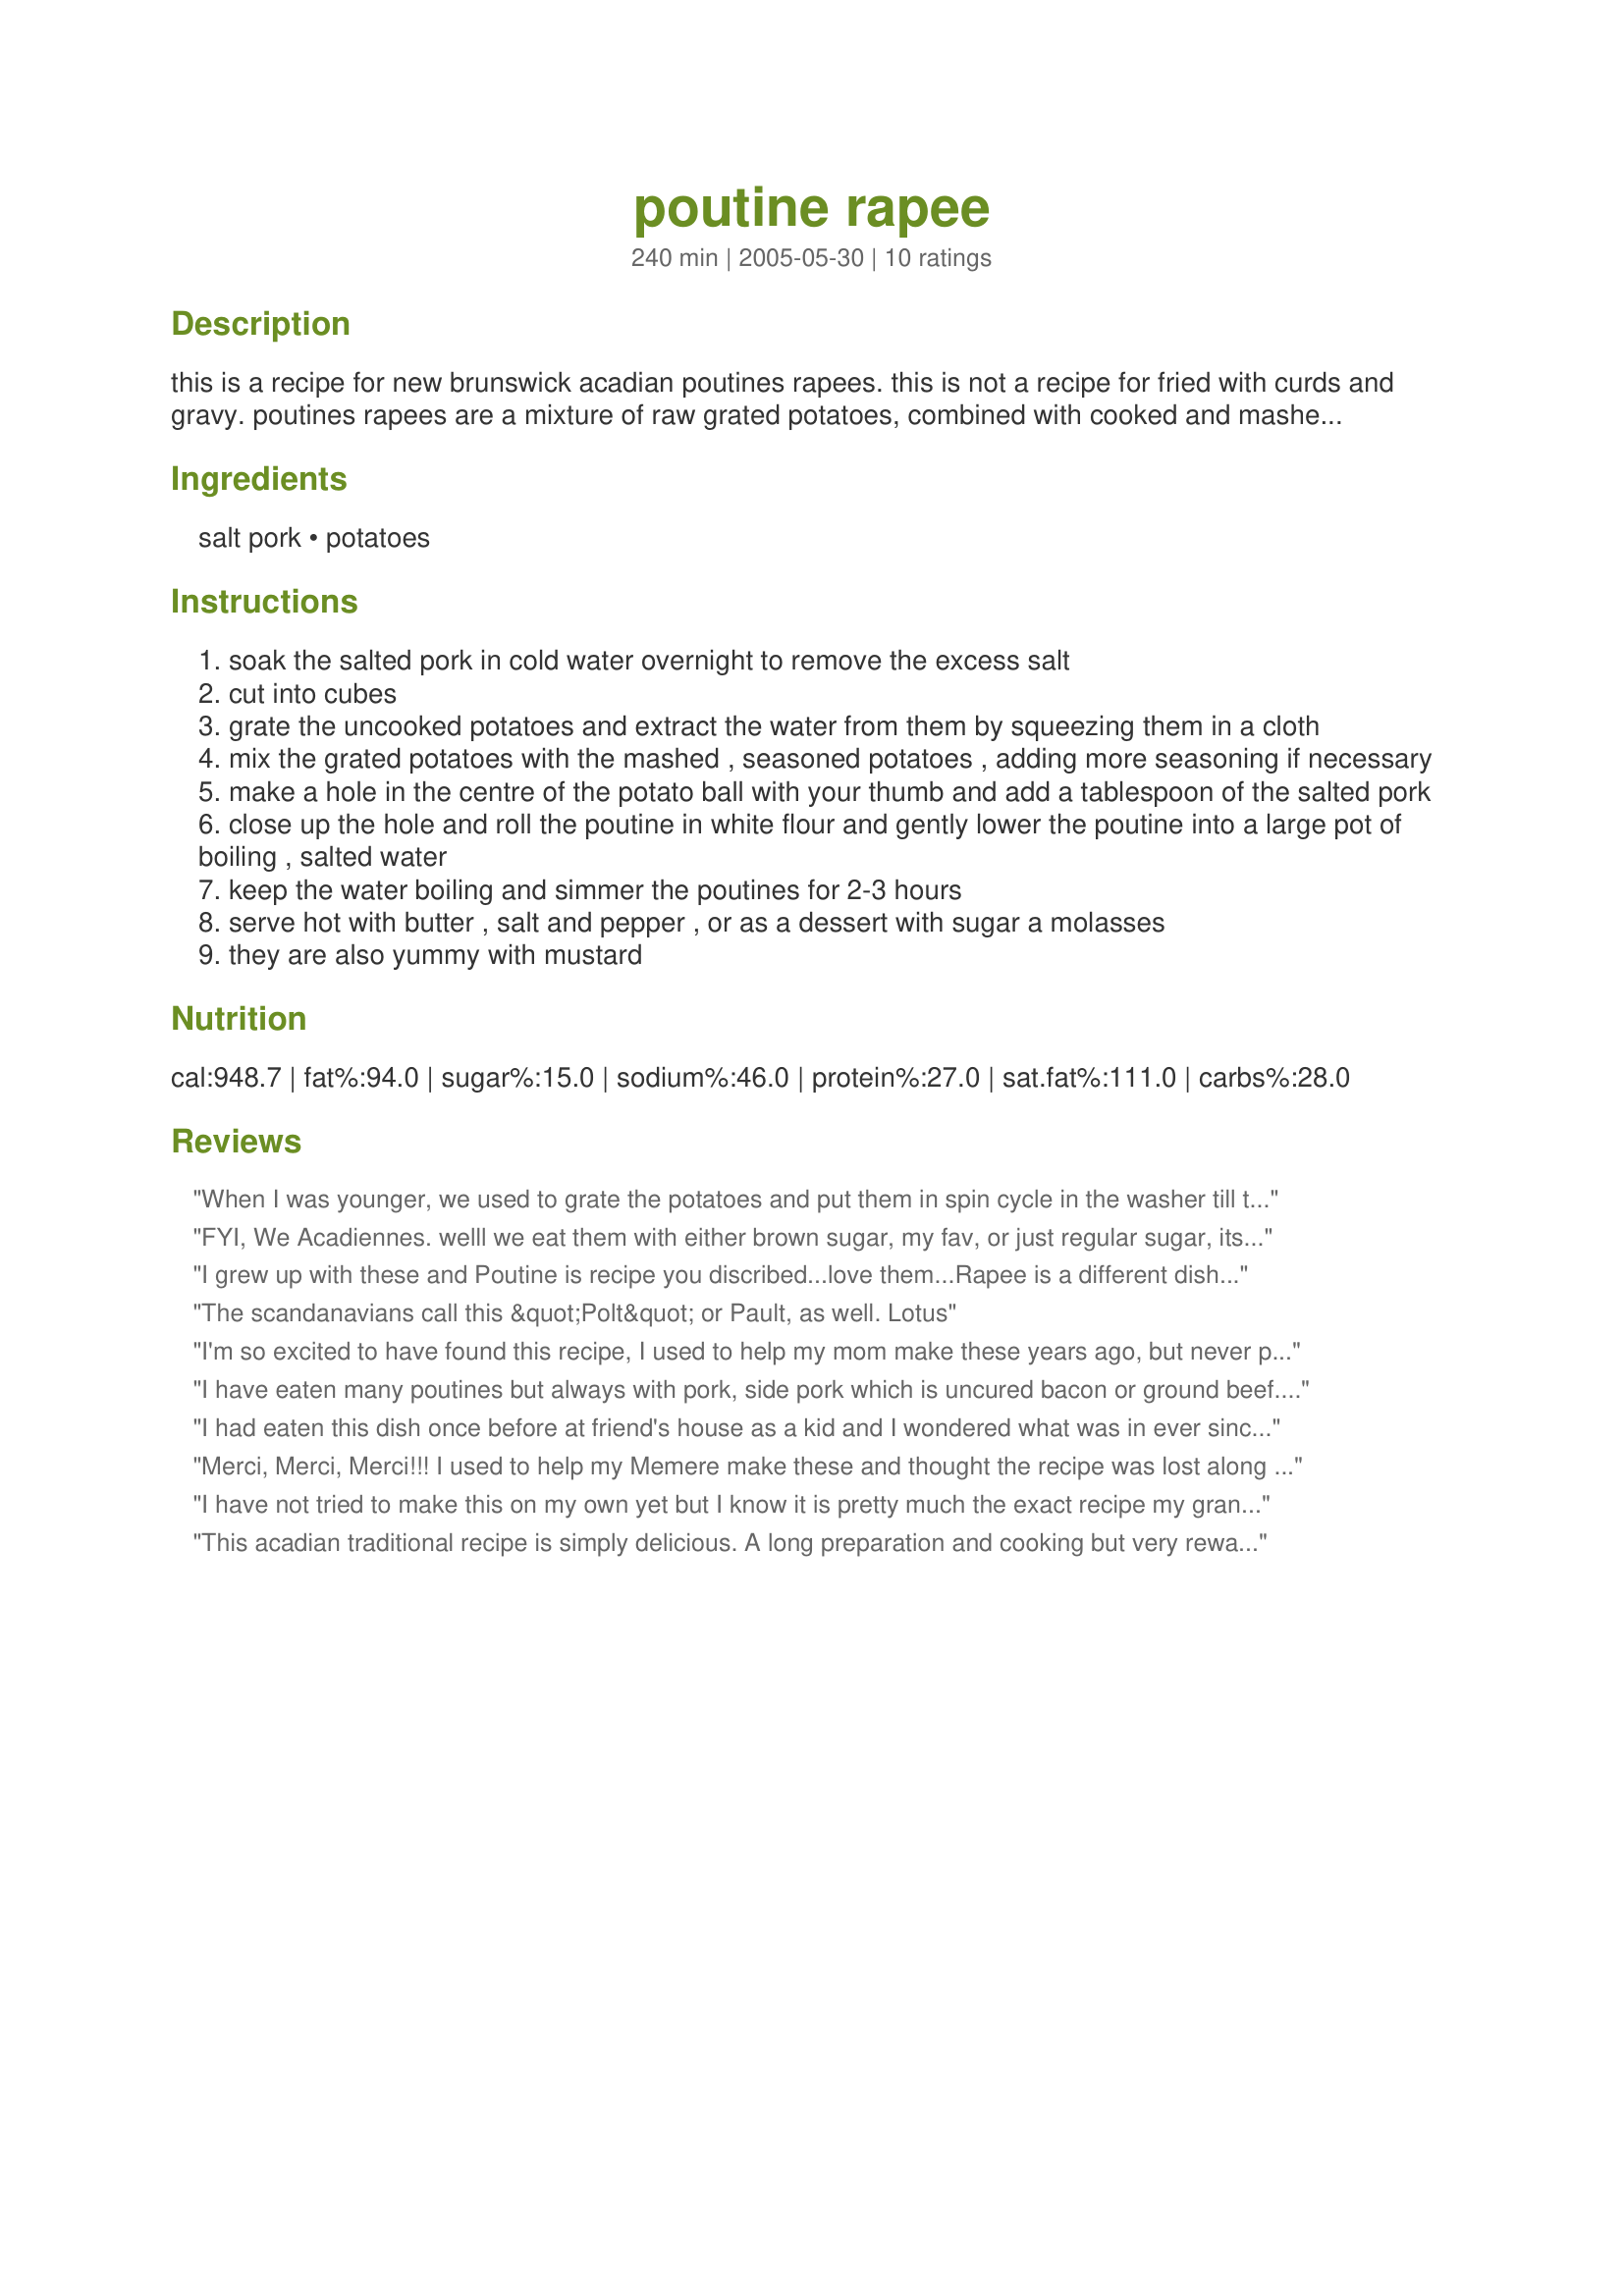
poutine rapee
Preparation time: 240 minutes

this is a recipe for new brunswick acadian poutines rapees. this is not a recipe for fried with curds and gravy. poutines rapees are a mixture of raw grated potatoes, combined with cooked and mashed potatoes, which are then formed into a ball, stuffed with seasoned salted pork and simmered in salt water. i am fortunate enough to live in nb, but you still don't see these around that often. i don't know why because they are so yummy. another fine example of canadian cooking!

Ingredients:
salt pork, potatoes

Steps:
soak the salted pork in cold water overnight to remove the excess salt
cut into cubes
grate the uncooked potatoes and extract the water from them by squeezing them in a cloth
mix the grated potatoes with the mashed , seasoned potatoes , adding more seasoning if necessary
make a hole in the centre of the potato ball with your thumb and add a tablespoon of the salted pork
close up the hole and roll the poutine in white flour and gently lower the poutine into a large pot of boiling , salted water
keep the water boiling and simmer the poutines for 2-3 hours
serve hot with butter , salt and pepper , or as a dessert with sugar a molasses
they are also yummy with mustard

Reviews:
When I was younger, we used to grate the potatoes and put them in spin cycle in the washer till they were dry. Then mix them with the mash. Also we boiled them for 8 hours
FYI, We Acadiennes. welll we eat them with either brown sugar, my fav, or just regular sugar, its way better
I grew up with these and Poutine is recipe you discribed...love them...Rapee is a different dish...
The scandanavians call this &quot;Polt&quot; or Pault, as well. Lotus
I'm so excited to have found this recipe, I used to help my mom make these years ago, but never paid much attention to how she made them. Now that she has passed I'm feeling like I missed something. I plan on trying to make these on Saturday.
I have eaten many poutines but always with pork, side pork which is uncured bacon or ground beef. I would hesitate to eat with salt pork. Too salty!
I had eaten this dish once before at friend's house as a kid and I wondered what was in ever since. I added onions and crushed red pepper flakes to it and they were amazing. I did have one fall apart on me in the water but I think that may have been because it wasn't sealed properly. However, I do wish the recipe was more specific on what TYPE of potato can be used. I used Yukon Golds and like I said, it was good just one fell apart and I couldn't keep the water at a rolling boil if I wanted to keep the others from doing the same.
Merci, Merci, Merci!!! I used to help my Memere make these and thought the recipe was lost along with her when she passed. We used to mix half salt pork and half chopped ham. We also tied each one in cheese cloth prior to boiling instead of rolling them in flour. I can't wait to try this recipe for Easter. They do take time to make but are so well worth it. Canadian Soul Food!
I have not tried to make this on my own yet but I know it is pretty much the exact recipe my grandmother used except she added chopped onion to the slated pork mixture....or she added more potatoes depending on how many she wanted to make. Brings back so many memories. She always used to say you have to name each poutine as you put it in the pot so that it won't fall apart, lol. Montana Heart song - as for your to salty comment you have to soak the pork over night so it is not to salty....to use any other kind of meat is just wrong to me!!! It wouldn't be a real poutine rapee!! but to each their own I guess.
This acadian traditional recipe is simply delicious. A long preparation and cooking but very rewarded for this exquisite taste. Me I makes 2 times per year of them, in Christmas and at the New Year's Day, with my family, in all I makes forty, it's the tradition in my family. All the family puts his, that made a beautiful family meeting. You have to try it once to taste that.
